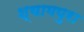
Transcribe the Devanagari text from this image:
श्यामपुरा